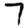
Digit: 7